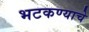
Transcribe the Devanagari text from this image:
भटकण्याचे